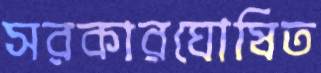
সরকারঘোষিত